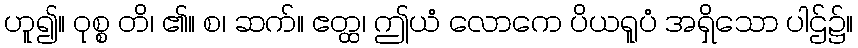
ဟူ၍။ ဝုစ္စ တိ၊ ၏။ စ၊ ဆက်။ ဧတ္ထ၊ ဤယံ လောကေ ပိယရူပံ အရှိသော ပါဌ်၌။